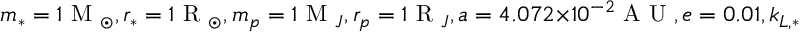
m _ { * } = 1 \mathrm { ~ M ~ } _ { \odot } , r _ { * } = 1 \mathrm { ~ R ~ } _ { \odot } , m _ { p } = 1 \mathrm { ~ M ~ } _ { J } , r _ { p } = 1 \mathrm { ~ R ~ } _ { J } , a = 4 . 0 7 2 \times 1 0 ^ { - 2 } \mathrm { ~ A ~ U ~ } , e = 0 . 0 1 , k _ { L , * } = 0 . 0 7 , \tau _ { * } = 4 . 1 2 \times 1 0 ^ { - 4 } \mathrm { ~ s ~ } , C _ { * } = 0 . 0 7 , \Omega _ { * } = 2 7 \mathrm { ~ d ~ a ~ y ~ s ~ } , \theta _ { * } = 0 , k _ { L , p } = 0 . 3 , \tau _ { p } = 4 . 1 2 \mathrm { ~ s ~ } , C _ { p } = 0 . 3 , \Omega _ { p } = 0 . 5 \mathrm { ~ d ~ a ~ y ~ s ~ } , \theta _ { p } = 3 0 ^ { \circ }